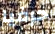
حرفيا